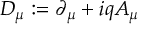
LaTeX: D _ { \mu } : = \partial _ { \mu } + i q A _ { \mu }